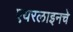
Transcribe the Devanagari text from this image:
एयरलाइनचे